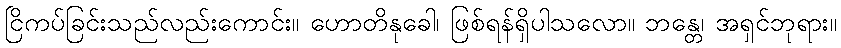
ငြိကပ်ခြင်းသည်လည်းကောင်း။ ဟောတိနုခေါ၊ ဖြစ်ရန်ရှိပါသလော။ ဘန္တေ၊ အရှင်ဘုရား။